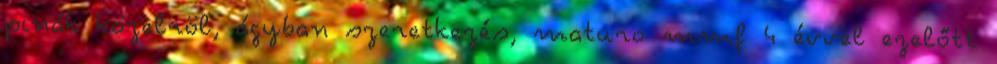
pinák közelröl, ágyban szeretkezés, maturo mmf 4 évvel ezelőtt